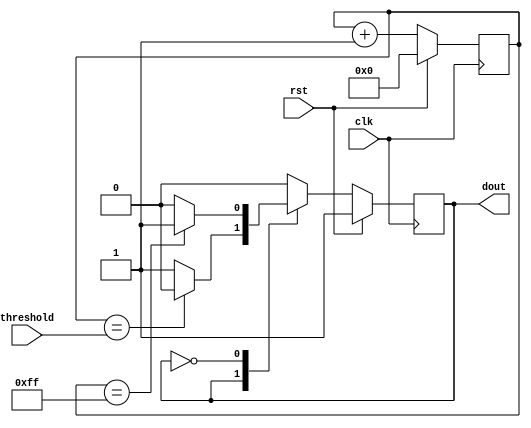
module pwm (
    input wire          clk,
    input wire          rst,
    input wire  [7:0]   threshold,
    output wire         dout
);

reg [7:0] pulse = 8'd0;

parameter STATE_HIGH = 1'b1;
parameter STATE_LOW = 1'b0;

reg state = STATE_HIGH;

assign dout = state;

always @(posedge clk) begin
    if (rst) begin
        pulse <= 8'd0;
        state <= STATE_HIGH;
    end
    else
    begin
        pulse <= pulse + 1'b1;
        state <= state;
        case(state)
            STATE_HIGH:
            begin
                if(pulse == threshold)
                begin
                    state <= STATE_LOW;
                end
            end
            STATE_LOW:
            begin
                if(pulse == 8'hff)
                begin
                    state <= STATE_HIGH;
                end
            end
        endcase
    end
end

endmodule